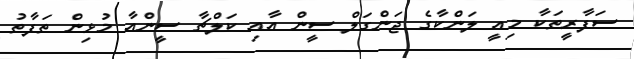
ސަފާރީތަކާ މިއީ ލަންކާގެ ޖަންގަލް ސީން އާއި ކަލްޗާ ސީންއާ މުޅިން ތަފާތު